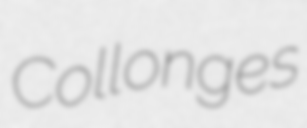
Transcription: Collonges